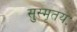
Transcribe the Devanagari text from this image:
सुस्मृतयः